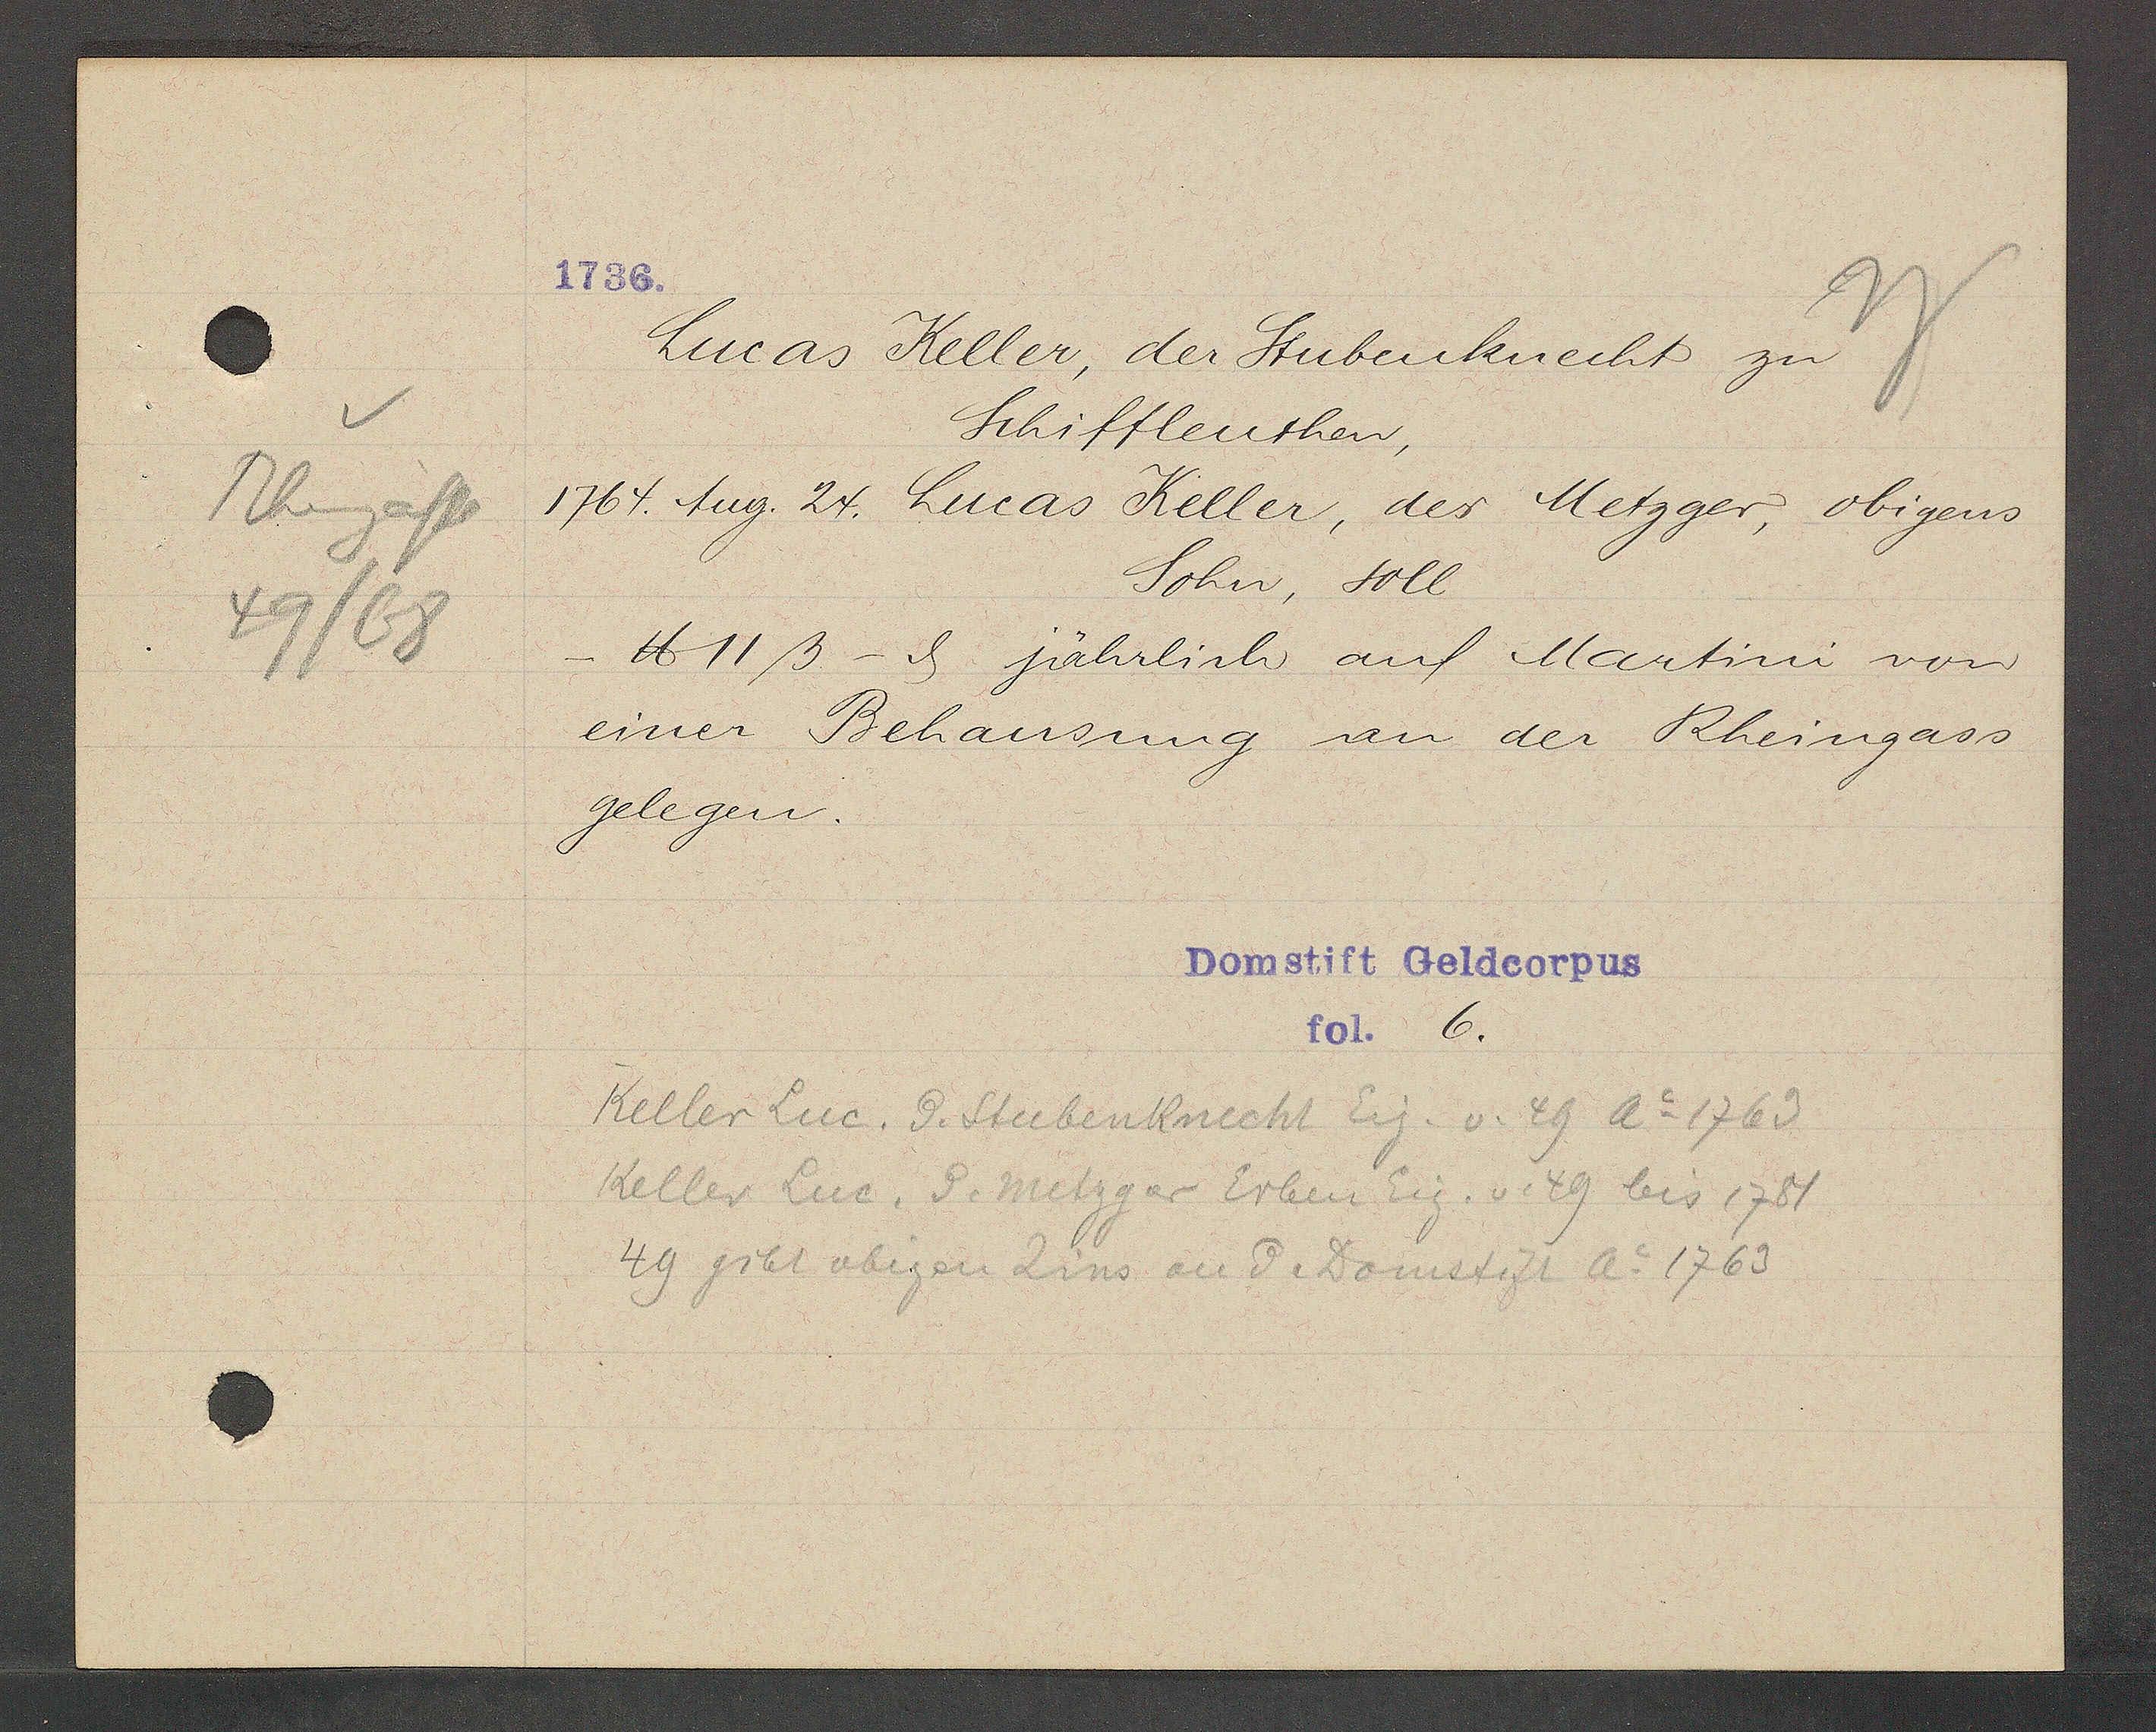
Transcript:
Rheingasse
49/68

1736.

Lucas Keller, der Stubenknecht zu
Schiffleuthen,
1764. tug. 24. Lucas Keller, der Metzger, obigens
Sohn, soll
- ℔ 11ß.- ȡ jährlich auf Martini von
einer Behausung an der Rheingass
gelegen.

Domstift Geldcorpus
Fol. 6.

Keller Luc, d. Stubenknecht Eig. v. 49 Ao 1769
Keller Luc. d. metzger Erben Eig. v. 49 bis 1781
49 gibt obigen Zins an d. Domstift Ao 1769